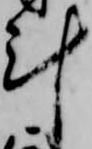
計